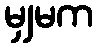
မျှမက